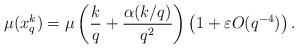
LaTeX: \begin{align*} \mu(x_q^k) = \mu \left (\frac{k}{q}+ \frac{\alpha(k/q)}{q^2} \right ) \left ( 1 + \varepsilon O(q^{-4})\right ).\end{align*}